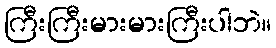
ကြီးကြီးမားမားကြီးပါဘဲ။